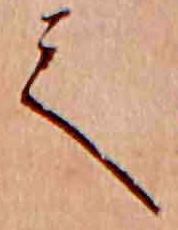
て